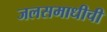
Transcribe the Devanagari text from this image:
जलसमाधीची